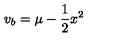
v _ { b } = \mu - { \frac { 1 } { 2 } } x ^ { 2 }